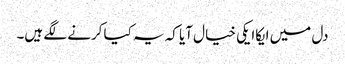
دل میں ایکاایکی خیال آیا کہ یہ کیا کرنے لگے ہیں۔